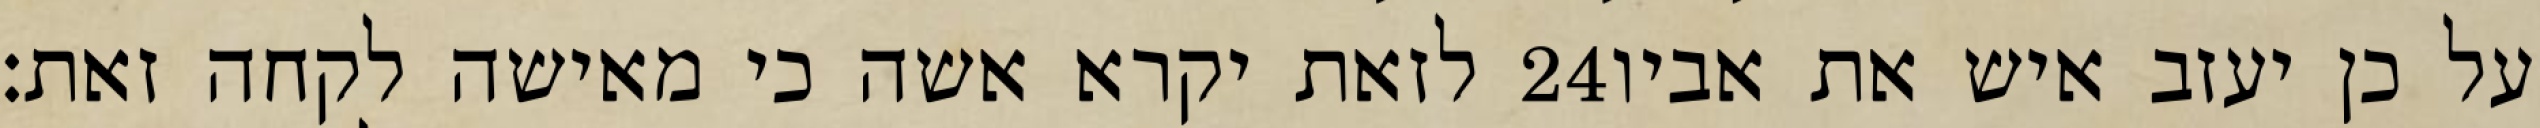
לזאת יקרא אשה כי מאישה לקחה זאת׃ ‎24‏ על כן יעזב איש את אביו